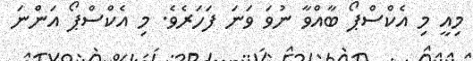
މިއީ މި އެކްސްޕޯ ބާއްވާ ނުވަ ވަަނަ ފަހަރެވެ. މި އެކްސްޕޯ އަންނަ